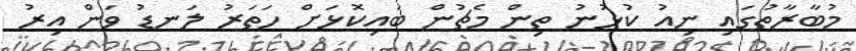
މުބާރާތުގައި ނިއު ކުޅުނު ތިން މެޗުން ބައިކޮޅަށް ހަތަރު ލަނޑު ވަން އިރު